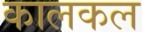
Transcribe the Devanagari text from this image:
कालकल